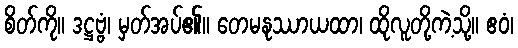
စိတ်ကို။ ဒဋ္ဌဗ္ဗံ၊ မှတ်အပ်၏။ တေမနုဿာယထာ၊ ထိုလူတို့ကဲ့သို့။ ဧဝံ၊